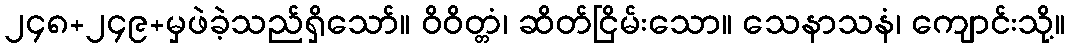
၂၄၈+၂၄၉+မှဖဲခဲ့သည်ရှိသော်။ ဝိဝိတ္တံ၊ ဆိတ်ငြိမ်းသော။ သေနာသနံ၊ ကျောင်းသို့။